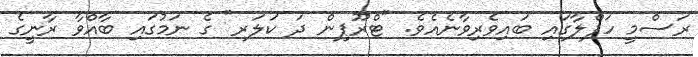
ރަސްމީ ހަފްލާގައި ބައިވެރިވާނެއެވެ. "ޓްރޫޕިން ދަ ކަލަރ" ގެ ނަމުގައި ބާއްވާ ރާނީގެ